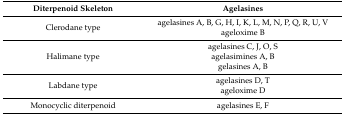
| Diterpenoid Skeleton | Agelasines |
 | --- | --- |
 | <ROWSPAN=2> Clerodane type | agelasines A, B, G, H, I, K, L, M, N, P, Q, R, U, V |
 | ageloxime B |
 | <ROWSPAN=3> Halimane type | agelasines C, J, O, S |
 | agelasimines A, B |
 | gelasines A, B |
 | <ROWSPAN=2> Labdane type | agelasines D, T |
 | ageloxime D |
 | Monocyclic diterpenoid | agelasines E, F |